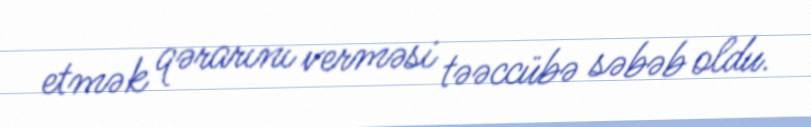
etmək qərarını verməsi təəccübə səbəb oldu.